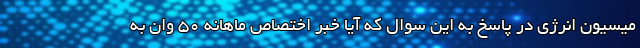
میسیون انرژی در پاسخ به این سوال که آیا خبر اختصاص ماهانه 50 وان به